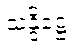
သန္ဒိဋ္ဌေ